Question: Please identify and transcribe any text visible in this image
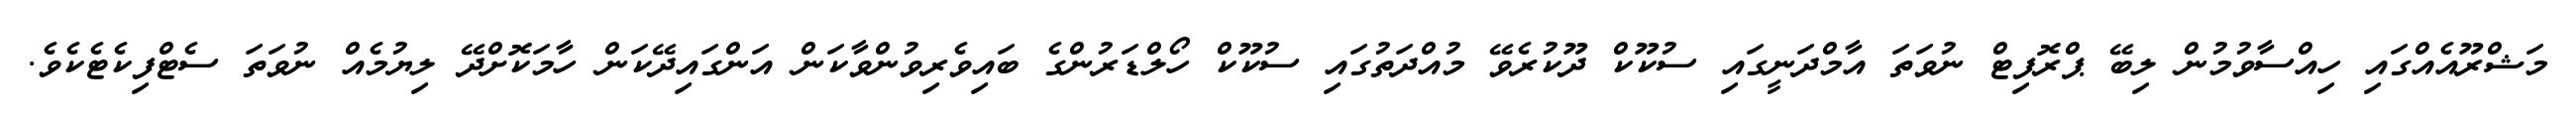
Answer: މަޝްރޫއެއްގައި ހިއްސާވުމުން ލިބޭ ޕްރޮފިޓް ނުވަތަ އާމްދަނީގައި ސުކޫކް ދޫކުރެވޭ މުއްދަތުގައި ސުކޫކް ހޯލްޑަރުންގެ ބައިވެރިވުންވާކަން އަންގައިދޭކަން ހާމަކޮށްދޭ ލިޔުމެއް ނުވަތަ ސެޓްފިކެޓެކެވެ.